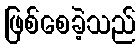
ဖြစ်စေခဲ့သည်